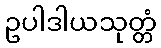
ဥပါဒါယသုတ္တံ